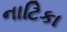
નાટિકા